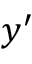
y ^ { \prime }